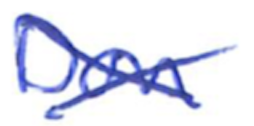
Text: Don
Cross-out: cross
Writing tool: ballpoint